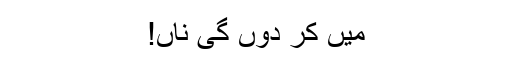
میں کر دوں گی ناں!